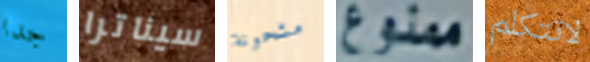
جدا سيناترا مشحونة ممنوع لاتتكلم